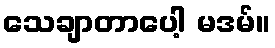
သေချာတာပေါ့ မဒမ်။